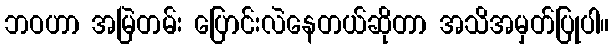
ဘဝဟာ အမြဲတမ်း ပြောင်းလဲနေတယ်ဆိုတာ အသိအမှတ်ပြုပါ။